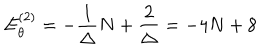
LaTeX: E _ { \theta } ^ { ( 2 ) } = - \frac { 1 } { \Delta } N + \frac { 2 } { \Delta } = - 4 N + 8